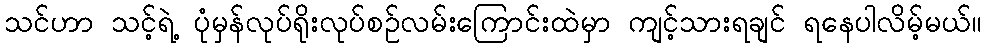
သင်ဟာ သင့်ရဲ့ ပုံမှန်လုပ်ရိုးလုပ်စဉ်လမ်းကြောင်းထဲမှာ ကျင့်သားရချင် ရနေပါလိမ့်မယ်။